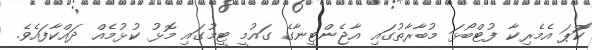
ކޮަޕަ އެމެރިކާ ފުޓްބޯޅަ މުބާރާތުގައި އާޖެންޓީނާގެ ގައުމީ ޓީމުގައި މޮޅު ކުޅުމެއް ދައްކާފައެވެ.